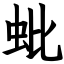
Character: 蚍